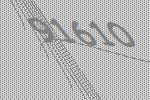
91610